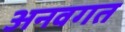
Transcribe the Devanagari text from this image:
अनवगत